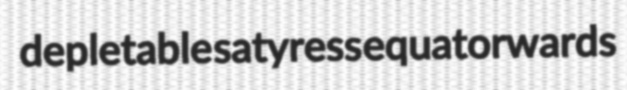
depletable satyress equatorwards